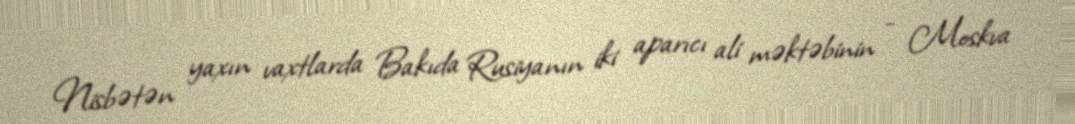
Nisbətən yaxın vaxtlarda Bakıda Rusiyanın iki aparıcı ali məktəbinin - Moskva